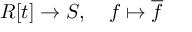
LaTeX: R [ t ] \to S , \quad f \mapsto { \overline { { f } } }